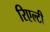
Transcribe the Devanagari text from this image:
रिएल्टी